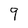
Character: 9